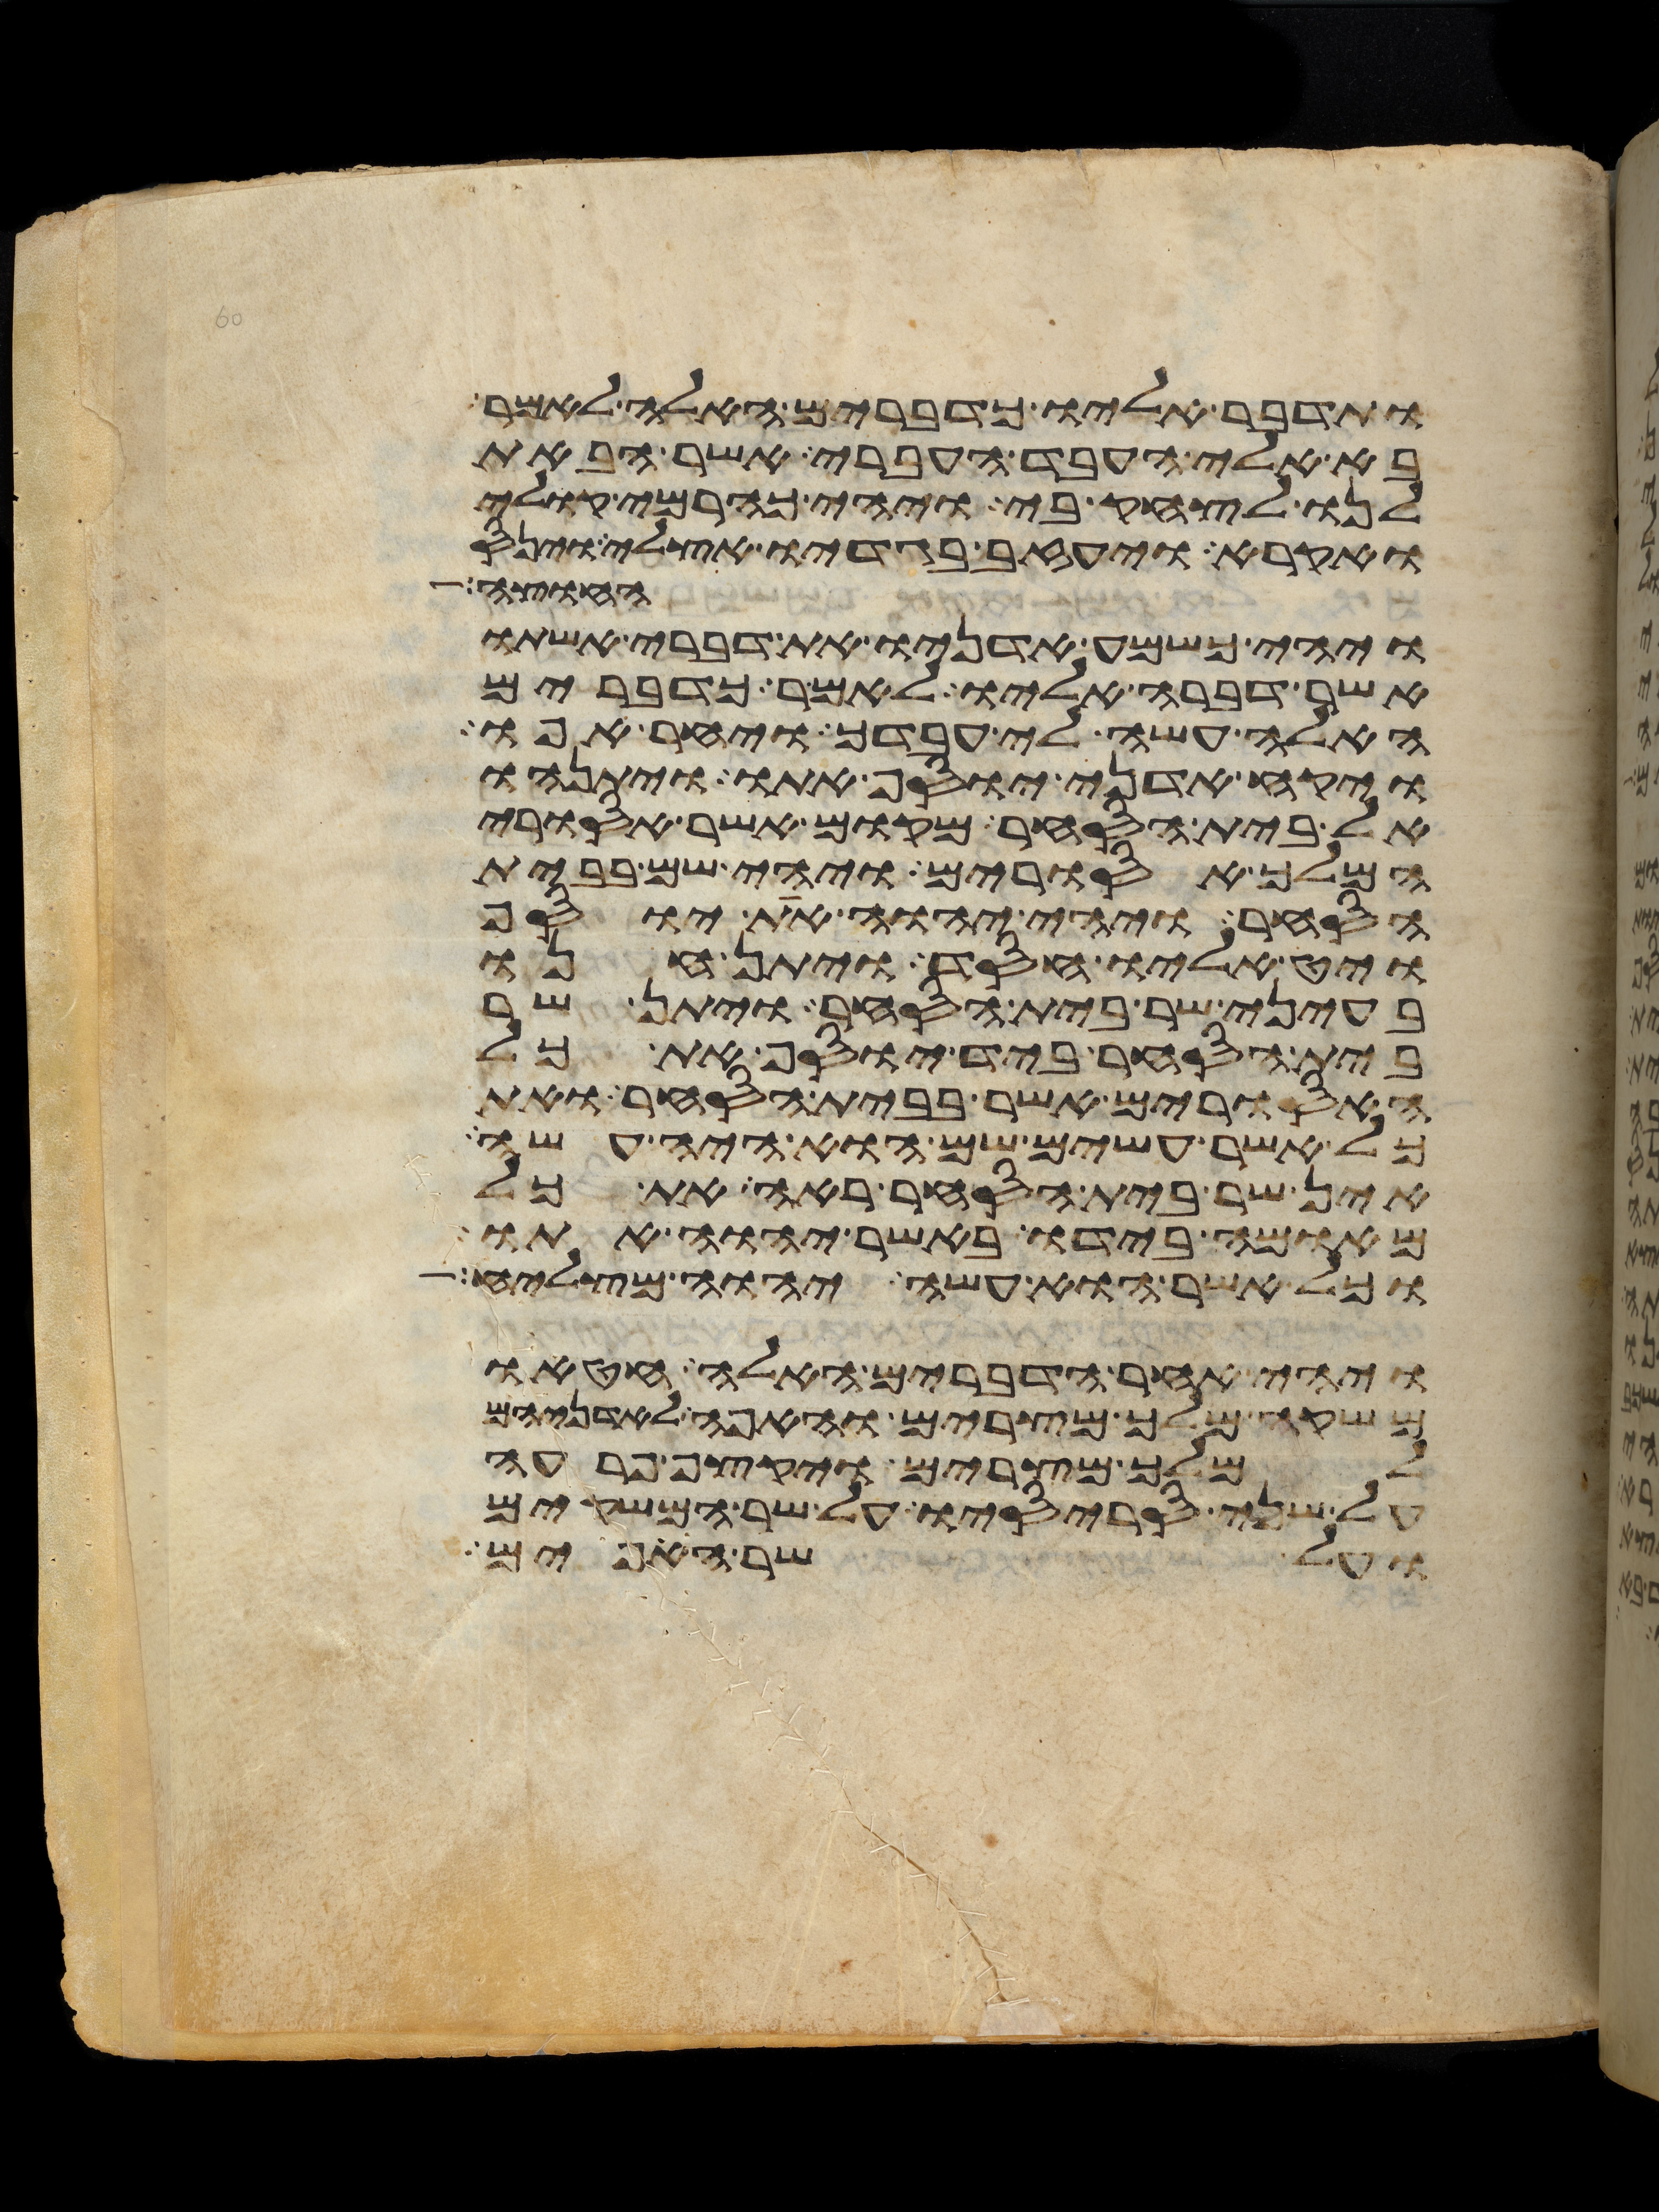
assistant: ותדבר אליו כדברים האלה לאמר
בא אלי העבד העברי אשר הבאת
לנו לצחק בי ויהי כהרמי קולי
ואקרא ויעזב בגדיו אצלי וינס
החוצה
ויהי כשמע אדניו את דברי אשתו
אשר דברה אליו לאמר כדברים
האלה עשה לי עבדך ויחר אפו
ויקח אדני יוסף אתו ויתנהו
אל בית הסחר מקום אשר אסורי
המלך אסורים ויהי שם בבית
הסחר ויהי יהוה את יוסף
ויט אליו חסד ויתן חנו
בעיני שר בית הסחר ויתן שר
בית הסחר ביד יוסף את כל
האסורים אשר בבית הסחר ואת
כל אשר עשים שם הוא היה עשה
אין שר בית הסחר ראה את כל
מאומה בידו באשר יהוה אתו
וכל אשר הוא עשה יהוה מצליח
ויהי אחר הדברים האלה חטאו
משקה מלך מצרים והאפה לאדניהם
למלך מצרים ויקצף פרעה
על שני סריסיו על שר המשקים
ועל שר האפים